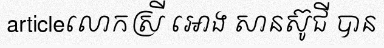
articleលោកស្រី អោង សានស៊ូជី បាន